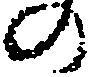
の